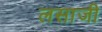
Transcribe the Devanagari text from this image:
लसाजी